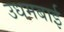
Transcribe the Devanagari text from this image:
उधमबाई